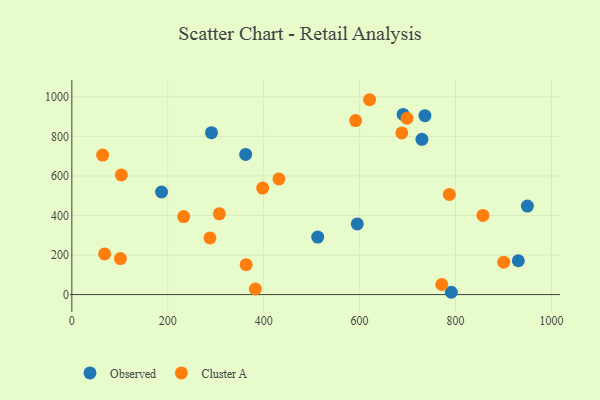
{"axis": {"x": "Experience", "y": "Demand"}, "legend": ["Cluster A", "Observed"], "data": [{"x": "291.2", "y": 818.6, "type": "Observed"}, {"x": "362.4", "y": 708.6, "type": "Observed"}, {"x": "690.7", "y": 911.1, "type": "Observed"}, {"x": "791.2", "y": 11.6, "type": "Observed"}, {"x": "595.2", "y": 357.3, "type": "Observed"}, {"x": "187.1", "y": 518.8, "type": "Observed"}, {"x": "949.8", "y": 447.6, "type": "Observed"}, {"x": "930.9", "y": 171.1, "type": "Observed"}, {"x": "729.9", "y": 785.4, "type": "Observed"}, {"x": "736.2", "y": 904.8, "type": "Observed"}, {"x": "512.6", "y": 290.7, "type": "Observed"}, {"x": "591.6", "y": 880.2, "type": "Cluster A"}, {"x": "307.6", "y": 408.2, "type": "Cluster A"}, {"x": "431.8", "y": 584.9, "type": "Cluster A"}, {"x": "233.2", "y": 394.5, "type": "Cluster A"}, {"x": "287.9", "y": 286.6, "type": "Cluster A"}, {"x": "103.2", "y": 605.2, "type": "Cluster A"}, {"x": "857.1", "y": 400.4, "type": "Cluster A"}, {"x": "101.3", "y": 182.1, "type": "Cluster A"}, {"x": "620.8", "y": 985.5, "type": "Cluster A"}, {"x": "382.7", "y": 28.2, "type": "Cluster A"}, {"x": "688.0", "y": 817.7, "type": "Cluster A"}, {"x": "363.5", "y": 151.0, "type": "Cluster A"}, {"x": "64.2", "y": 705.6, "type": "Cluster A"}, {"x": "698.8", "y": 891.8, "type": "Cluster A"}, {"x": "68.4", "y": 205.6, "type": "Cluster A"}, {"x": "900.5", "y": 163.8, "type": "Cluster A"}, {"x": "771.3", "y": 50.9, "type": "Cluster A"}, {"x": "397.9", "y": 538.5, "type": "Cluster A"}, {"x": "787.1", "y": 506.5, "type": "Cluster A"}]}